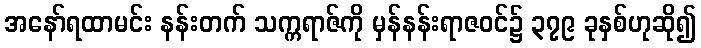
အနော်ရထာမင်း နန်းတက် သက္ကရာဇ်ကို မှန်နန်းရာဇဝင်၌ ၃၇၉ ခုနှစ်ဟုဆို၍